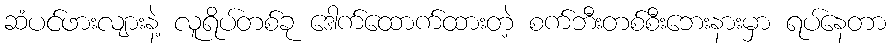
ဆံပင်ဖားလျားနဲ့ လူရိပ်တစ်ခု ဒေါက်ထောက်ထားတဲ့ စက်ဘီးတစ်စီးဘေးနားမှာ ရပ်နေတာ